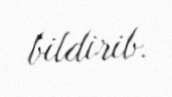
bildirib.